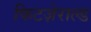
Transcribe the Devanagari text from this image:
फिटज़ेराल्ड